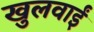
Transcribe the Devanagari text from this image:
खुलवाईं